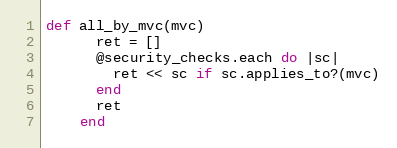
Language: Ruby
def all_by_mvc(mvc)
      ret = []
      @security_checks.each do |sc|
        ret << sc if sc.applies_to?(mvc)
      end
      ret
    end